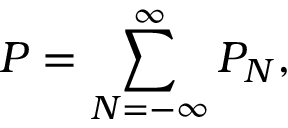
P = \sum _ { N = - \infty } ^ { \infty } P _ { N } ,